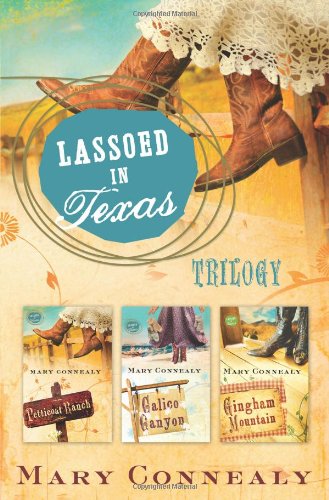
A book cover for Lassoed in Texas Trilogy; Mary Connealy; Romance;